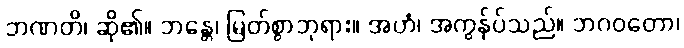
ဘဏတိ၊ ဆို၏။ ဘန္တေ၊ မြတ်စွာဘုရား။ အဟံ၊ အကွန်ုပ်သည်။ ဘဂဝတော၊